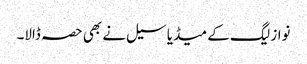
نواز لیگ کے میڈیا سیل نے بھی حصہ ڈالا۔